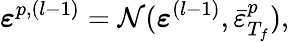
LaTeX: {\boldsymbol{\mathbf{\mathit{\varepsilon}}}}^{p,(l-1)}=\mathcal{N}({\boldsymbol{\mathbf{\mathit{\varepsilon}}}}^{(l-1)},\bar{\varepsilon}_{T_{f}}^{p}),